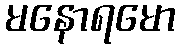
မနောရမော